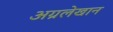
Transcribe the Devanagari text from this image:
अग्रलेखान